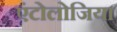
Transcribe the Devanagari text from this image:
एंटोलोजिया